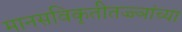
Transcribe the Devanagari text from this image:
मानसविकृतीतज्ज्ञांच्या